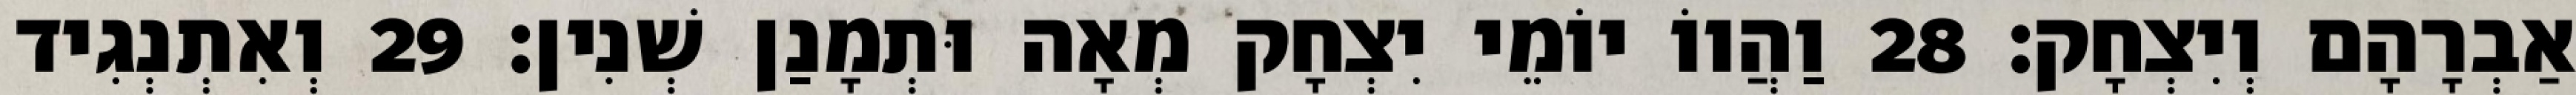
אַבְרָהָם וְיִצְחָק׃ 28 וַהֲווֹ יוֹמֵי יִצְחָק מְאָה וּתְמָנַן שְׁנִין׃ 29 וְאִתְנְגִיד